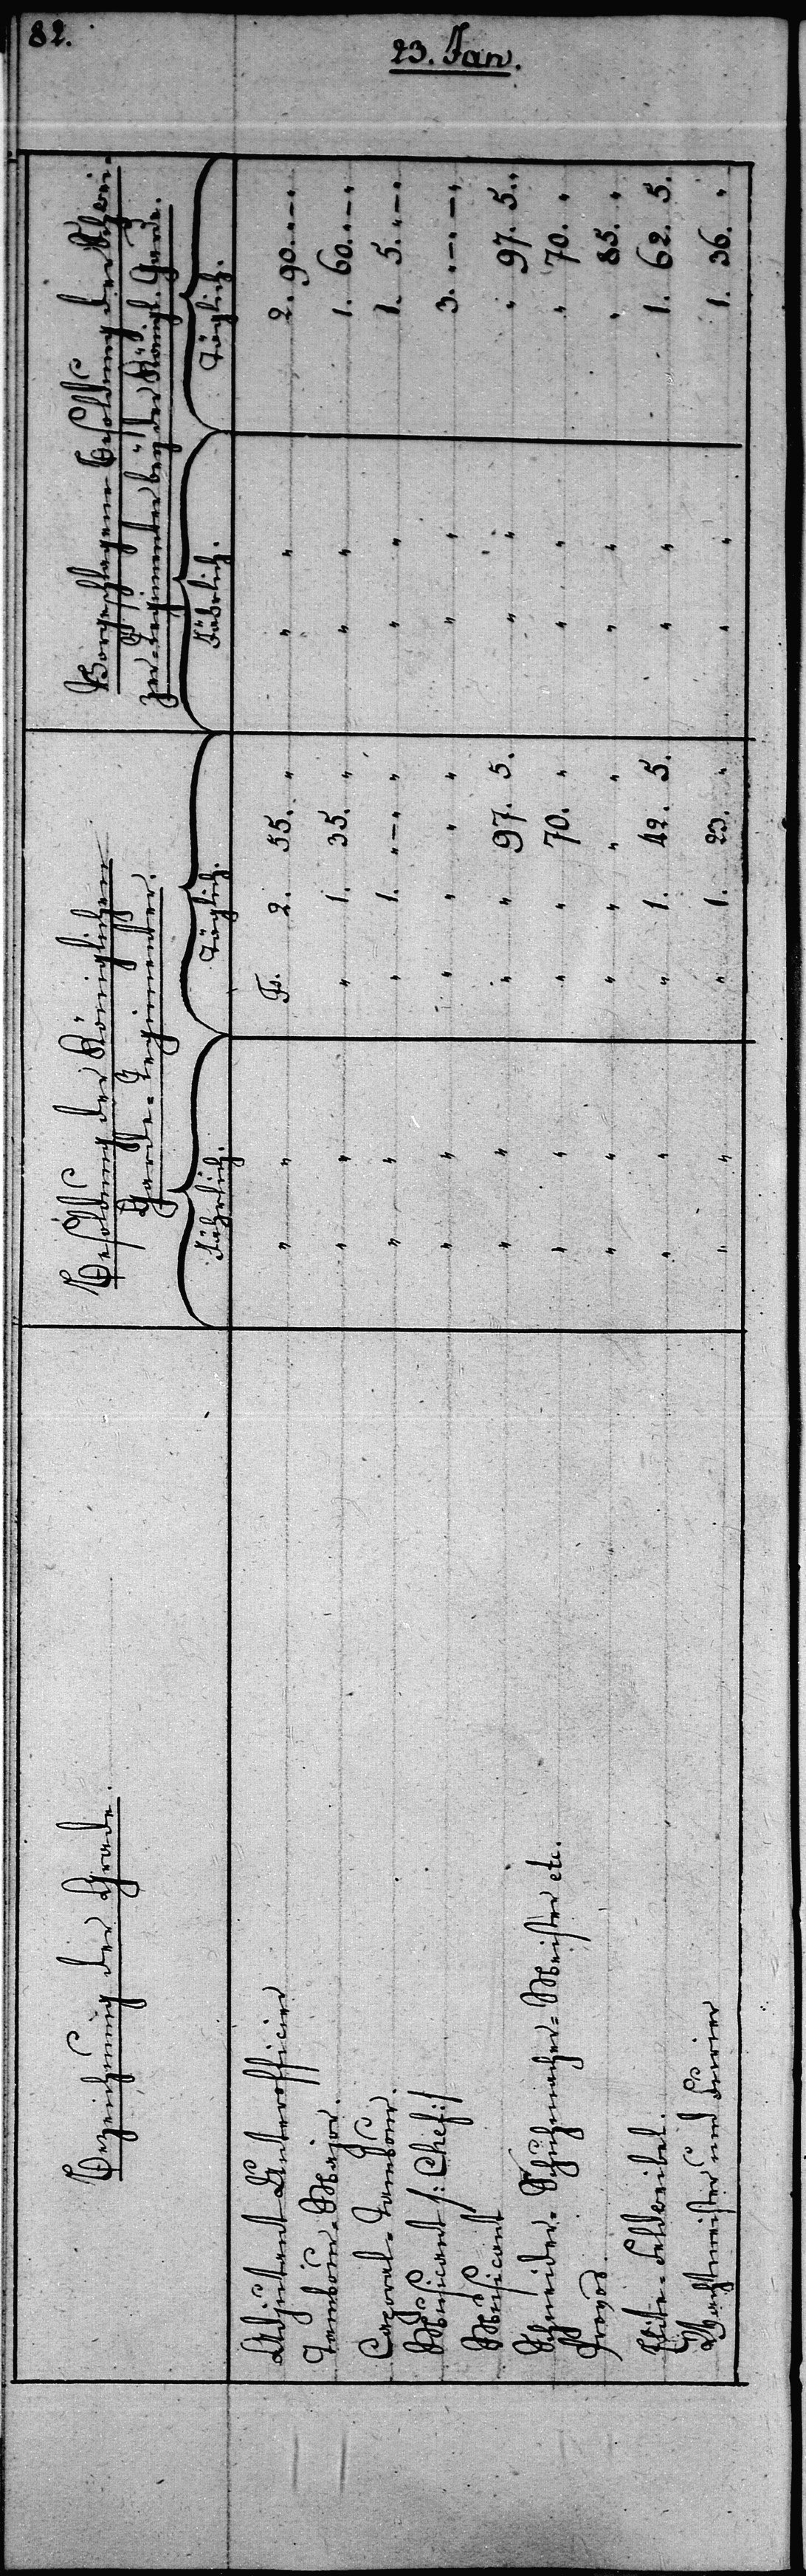
62.

5.
und
Furier
1.
23.
1.

97.

5.
–
36.

3.

–

–

der

Fs.

2.

55.
2.
egimen¬
85.
1.